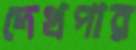
দেখপার